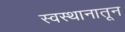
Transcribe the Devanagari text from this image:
स्वस्थानातून